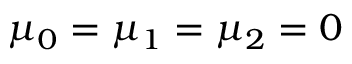
\mu _ { 0 } = \mu _ { 1 } = \mu _ { 2 } = 0